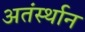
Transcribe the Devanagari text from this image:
अतंर्स्थान